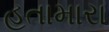
હતામારા